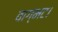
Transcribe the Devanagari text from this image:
वाग्भट।